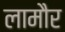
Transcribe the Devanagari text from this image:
लामौर